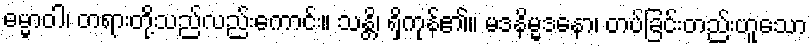
ဓမ္မာဝါ၊ တရားတို့သည်လည်းကောင်း။ သန္တိ၊ ရှိကုန်၏။ မဒနိမ္မဒနော၊ တပ်ခြင်းတည်းဟူသော